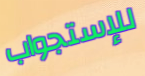
للإستجواب